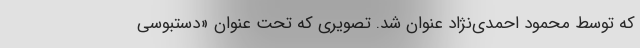
که توسط محمود احمدی‌نژاد عنوان شد. تصویری که تحتِ عنوان «دستبوسیِ